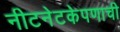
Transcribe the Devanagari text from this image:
नीटनेटकेपणाची